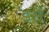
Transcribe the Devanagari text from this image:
डरौं